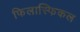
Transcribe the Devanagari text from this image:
फिलास्फिकल